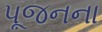
પૂજનના